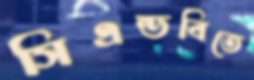
সিএন্ডবিতে